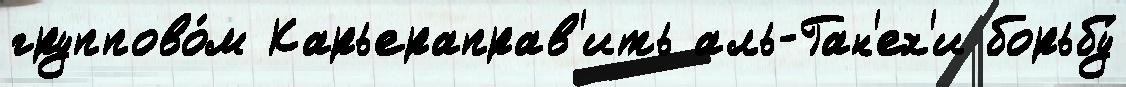
группово́м Карьераправ'ить аль-Ган'ех'и борьбу́